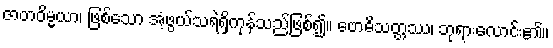
ဇာတဝိမ္မယာ၊ ဖြစ်သော အံ့ဖွယ်သရဲရှိကုန်သည်ဖြစ်၍။ ဗောဓိသတ္တဿ၊ ဘုရားလောင်း၏။